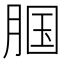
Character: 腘